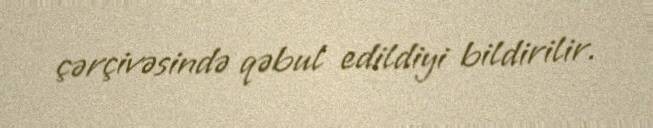
çərçivəsində qəbul edildiyi bildirilir.